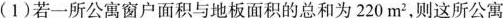
(1)若一所公寓窗户面积与地板面积的总和为220m^{2}，则这所公寓